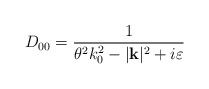
\begin{align*}D_{00}=\frac{1}{\theta ^{2}k_{0}^{2}-|\mathbf{k}|^{2}+i\varepsilon }\end{align*}